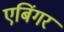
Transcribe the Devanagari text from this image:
एबिंगर